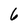
Character: 6